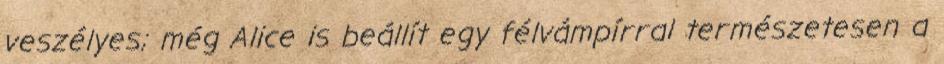
veszélyes; még Alice is beállít egy félvámpírral természetesen a